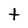
Character: t